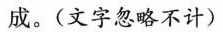
成。(文字忽略不计)